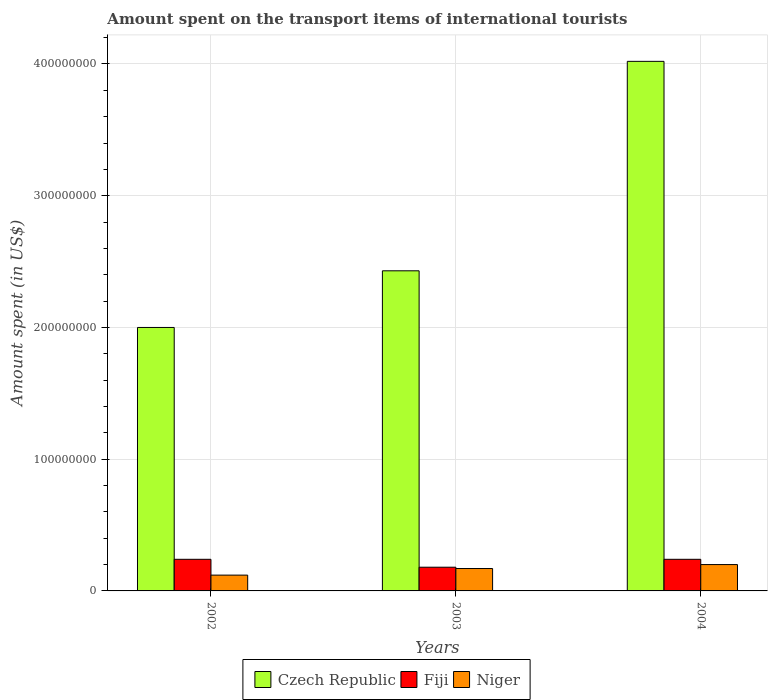
| Years | Czech Republic | Fiji | Niger |
 | --- | --- | --- | --- |
 | 2002 | 2e+08 | 2.4e+07 | 1.2e+07 |
 | 2003 | 2.43e+08 | 1.8e+07 | 1.7e+07 |
 | 2004 | 4.02e+08 | 2.4e+07 | 2e+07 |